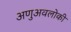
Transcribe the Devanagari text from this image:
अणुअवलोकी